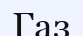
Газ